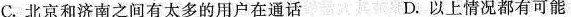
C.北京和济南之间有太多的用户在通话 D.以上情况都有可能